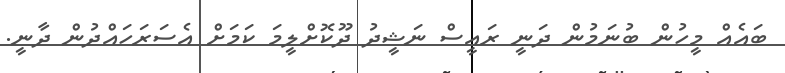
ބައެއް މީހުން ބުނަމުން ދަނީ ރައީސް ނަޝީދު ދޫކޮށްލީމަ ކަމަށް އެސަރަހައްދުން ދާނީ.